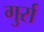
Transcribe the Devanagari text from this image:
गुर्रा